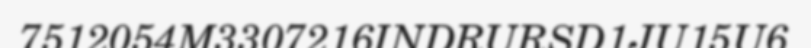
7512054M3307216INDRURSD1JU15U6